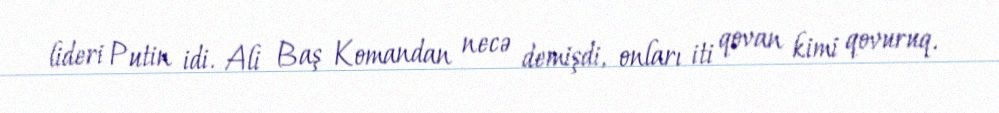
lideri Putin idi. Ali Baş Komandan necə demişdi, onları iti qovan kimi qovuruq.